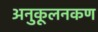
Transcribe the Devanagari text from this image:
अनुकूलनकण